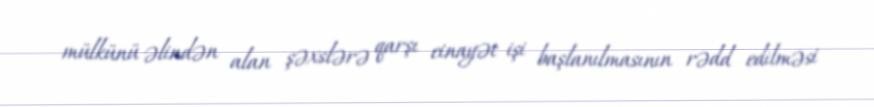
mülkünü əlindən alan şəxslərə qarşı cinayət işi başlanılmasının rədd edilməsi